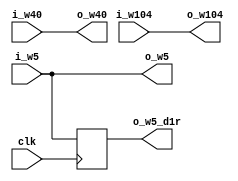
// DESCRIPTION: Verilator: Verilog Test module
//
// This file ONLY is placed into the Public Domain, for any use,
// without warranty, 2003 by Wilson Snyder.

module t_inst_first_a (/*AUTOARG*/
   // Outputs
   o_w5, o_w5_d1r, o_w40, o_w104,
   // Inputs
   clk, i_w5, i_w40, i_w104
   );

   input clk;

   input [4:0] 		i_w5;
   output [4:0] 	o_w5;
   output [4:0] 	o_w5_d1r;
   input [39:0] 	i_w40;
   output [39:0] 	o_w40;
   input [104:0] 	i_w104;
   output [104:0] 	o_w104;

   wire [4:0]  o_w5 = i_w5;
   wire [39:0] o_w40 = i_w40;
   wire [104:0] o_w104 = i_w104;

   /*AUTOREG*/
   // Beginning of automatic regs (for this module's undeclared outputs)
   reg [4:0]		o_w5_d1r;
   // End of automatics

   always @ (posedge clk) begin
      o_w5_d1r <= i_w5;
   end

endmodule